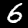
Label: 6